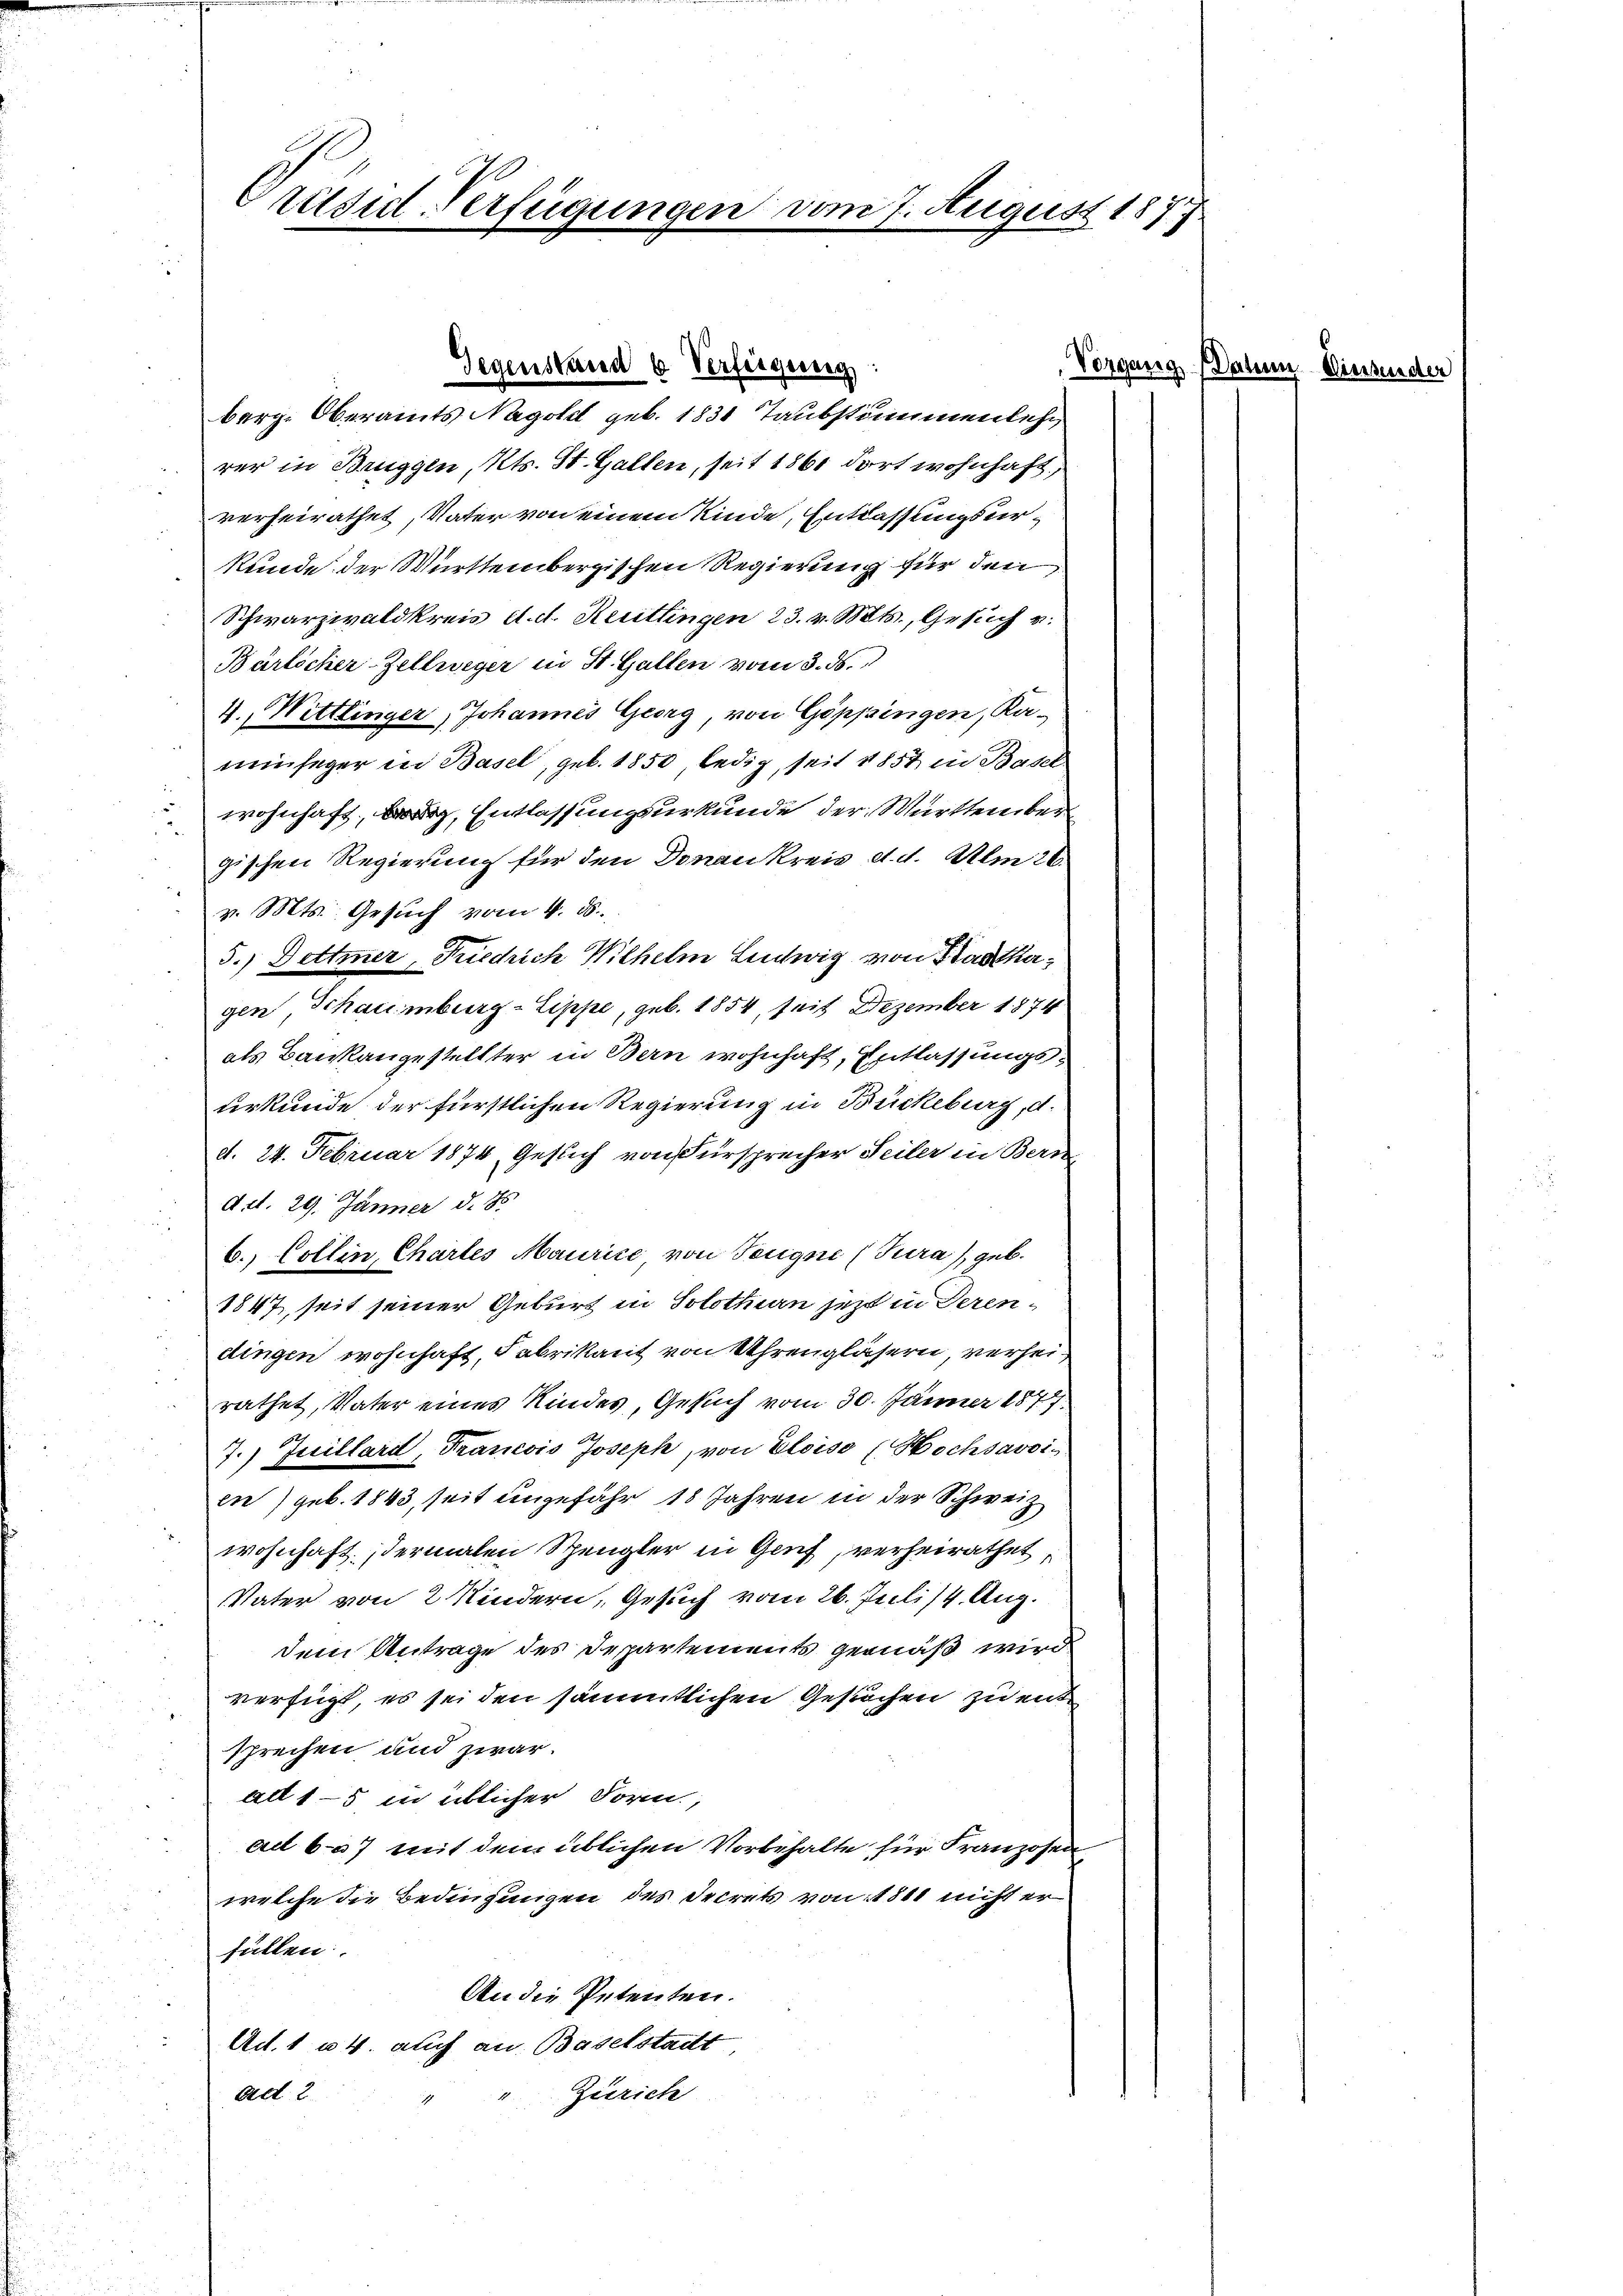
Präsidl-Verfügungen vom 7. August 1877

Gegenstand b Verfügung:

berg. Oberamts Nagell geb. 1831 Taubstimmenlehr
rer in Bruggen, Kts. St. Gallen, seit 1860 dort wohnhaft,
verheirathet, Vater von einem Kinde, Entlassungsurkunde der Württembergischen Regierung für den
Schwarzwaldkreis d. d. Reutlingen 23. v. Mts., Gesuch v.
Bärlicher-Zellweger in St. Gallen vom 3. ds.
4., Wittlinger, Johannes Georg von Göppingen, Ka-
minseger in Basel, geb. 1850, ledig, seit 1857 in Basel
u
wohnhaft, B, Entlassungsurkunde der Württember
gischen Regierung für den Donaukreis d. d. Am 26.
v. Mts. Gesuch vom 4. ds.
5.) Dettmer, Friedrich Wilhelm Ludwig von Stadtkagen, Schaumburg-Sippe, geb. 1854, seit Dezember 1874
als Baukangestellter in Bern wohnhaft, Entlassungsurkunde der fürstlichen Regierung in Bückeburg, d.
d. 24. Februar 1874, Gesuch von Fürsprecher Seiler in Bern-
d. d. 29. Jänner d. Js.
6.) Collin, Chartes Maurice von Teigne (Tura), geb.
1847, seit seiner Geburt in Solothurn jetzt in derendingen wohnhaft, Fabrikant von Uhrengläsern, verheirathet, Vater eines Kindes, Gesuch vom 30. Jänner 1877
7.) Juillard, Francois Joseph, von Eloiso (Hochsavoi-
en) geb. 1843, seit ungefähr 18 Jahren in der Schweiz
wohnhaft, dermalen Spengler in Genf, verheirathet,
Vater von 2 Kindern, Gesuch vom 26. Juli 14. Aug.
dem Antrage des Departements gemäß wird
verfügt, es sei den sämmtlichen Gesuchen zu ent
sprechen und zwar
all 15 in üblicher Form,
ad 67 mit dem üblichen Vorbehalte für Franzosen
welche die Bedingungen des Secrets von 1811 nicht er
füllen.
An die Petenten.
Ad. 1 u 4. auch an. Baselstadt
Zürich
Ad 2

Vorgang

Einsender